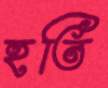
হতি